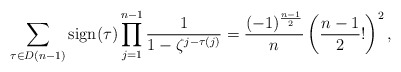
\begin{align*}\sum_{\tau \in D(n-1)} \operatorname{sign}(\tau) \prod_{j=1}^{n-1} \dfrac{1}{1-\zeta^{j-\tau(j)}}=\frac{(-1)^{\frac{n-1}{2}}}{n}\left(\frac{n-1}{2} !\right)^{2} , \end{align*}